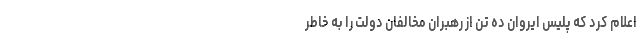
اعلام کرد که پلیس ایروان ده تن از رهبران مخالفان دولت را به خاطر